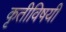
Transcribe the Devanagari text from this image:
कृतीविषयी